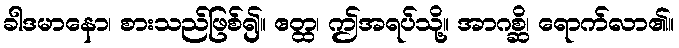
ခါဒမာနော၊ စားသည်ဖြစ်၍။ ဧတ္ထ၊ ဤအရပ်သို့။ အာဂစ္ဆိ၊ ရောက်လာ၏။